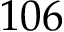
1 0 6